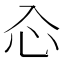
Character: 𠓣